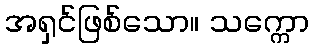
အရှင်ဖြစ်သော။ သက္ကော